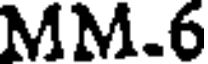
MM.6